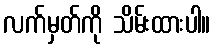
လက်မှတ်ကို သိမ်းထားပါ။